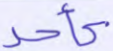
كأحد